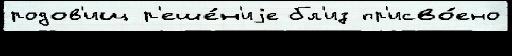
родов'ищ р'еше́н'иjе бл'из пр'исво́ено